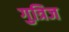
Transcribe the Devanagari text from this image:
गुत्रिज